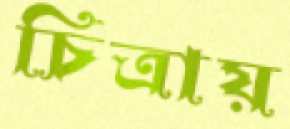
চিত্রায়